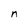
Character: n